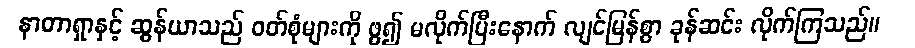
နာတာရှာနှင့် ဆွန်ယာသည် ဝတ်စုံများကို ဖွ၍ မလိုက်ပြီးနောက် လျင်မြန်စွာ ခုန်ဆင်း လိုက်ကြသည်။